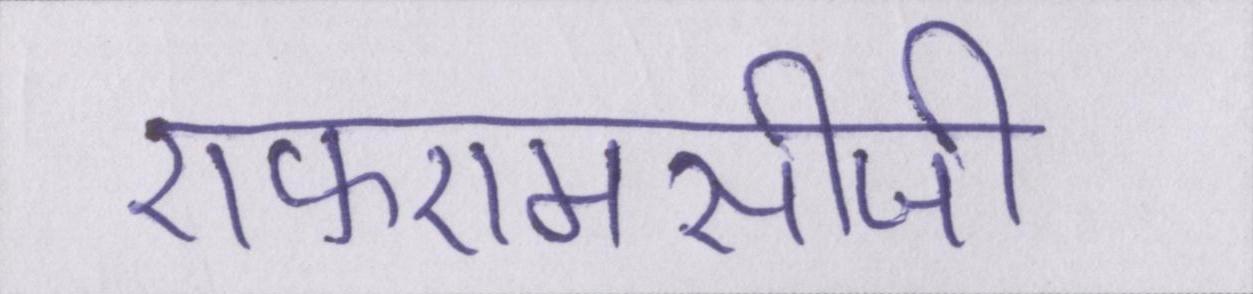
एफएमसीजी